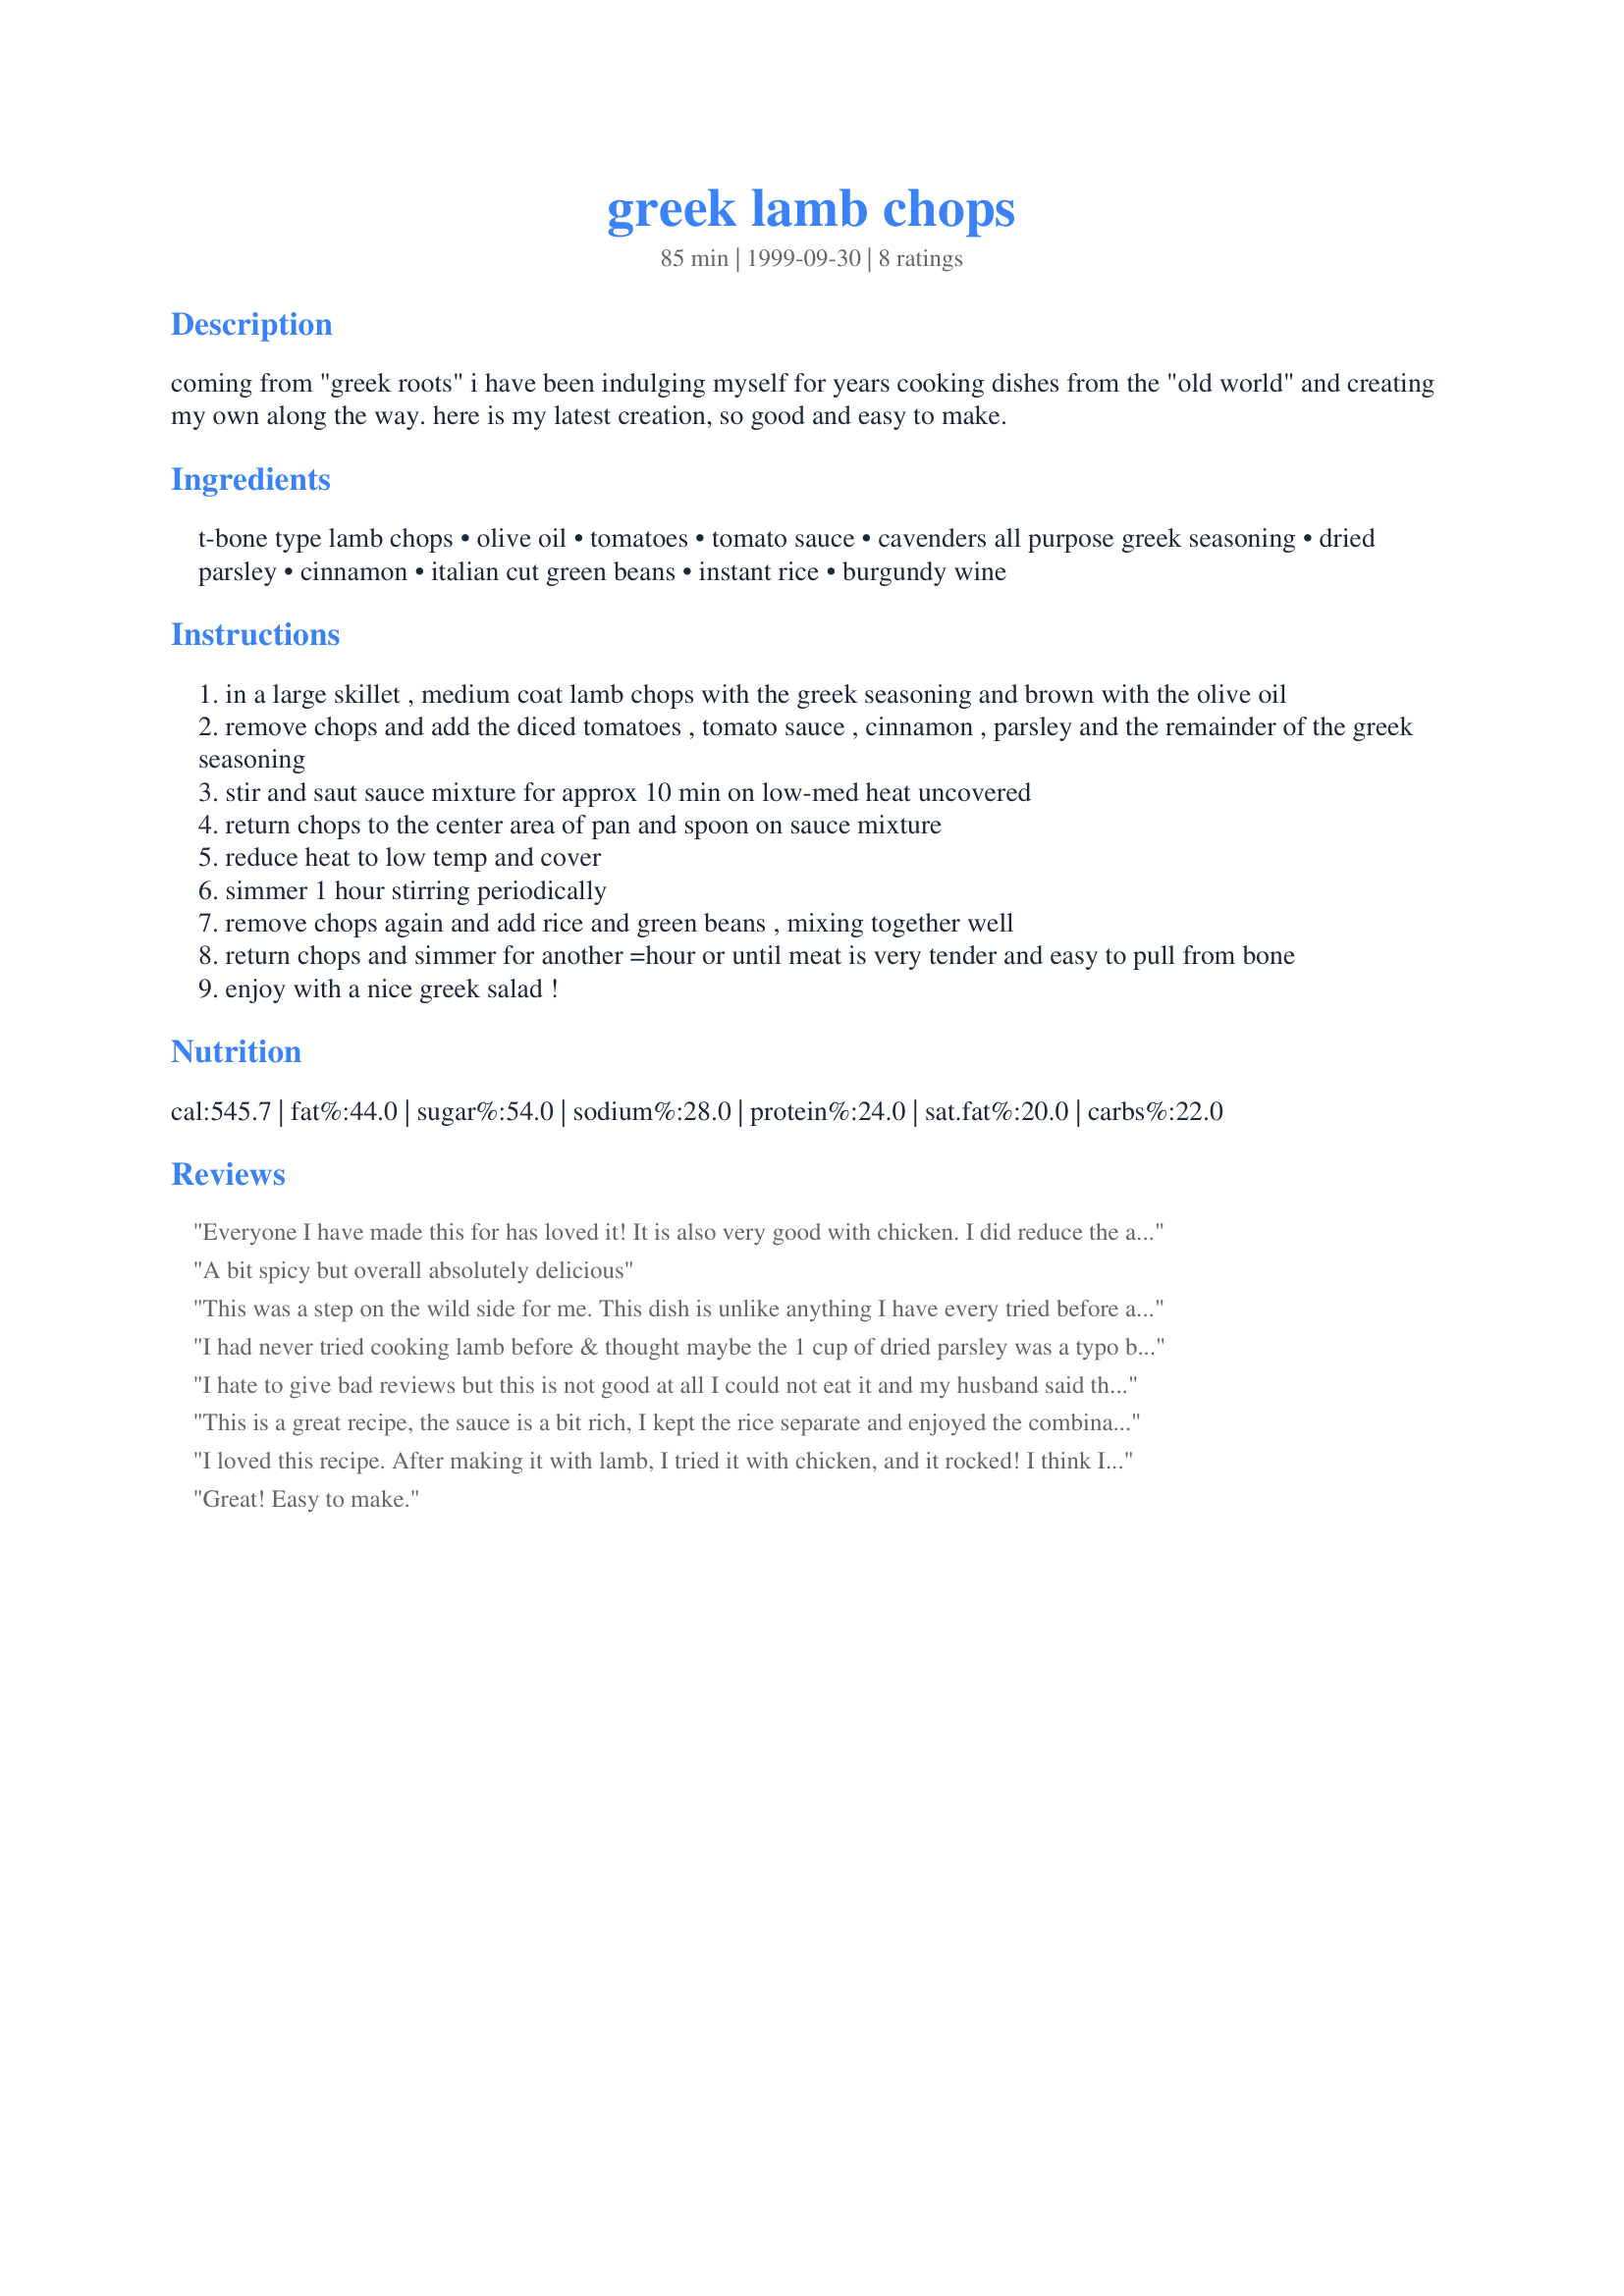
greek lamb chops
Preparation time: 85 minutes

coming from "greek roots" i have been indulging myself for years cooking dishes from the "old world" and creating my own along the way. here is my latest creation, so good and easy to make.

Ingredients:
t-bone type lamb chops, olive oil, tomatoes, tomato sauce, cavenders all purpose greek seasoning, dried parsley, cinnamon, italian cut green beans, instant rice, burgundy wine

Steps:
in a large skillet , medium coat lamb chops with the greek seasoning and brown with the olive oil
remove chops and add the diced tomatoes , tomato sauce , cinnamon , parsley and the remainder of the greek seasoning
stir and saut sauce mixture for approx 10 min on low-med heat uncovered
return chops to the center area of pan and spoon on sauce mixture
reduce heat to low temp and cover
simmer 1 hour stirring periodically
remove chops again and add rice and green beans , mixing together well
return chops and simmer for another =hour or until meat is very tender and easy to pull from bone
enjoy with a nice greek salad !

Reviews:
Everyone I have made this for has loved it! It is also very good with chicken. I did reduce the amount of cinnamon- put just a teaspoon instead of a tablespoon.
A bit spicy but overall absolutely delicious
This was a step on the wild side for me. This dish is unlike anything I have every tried before and I have to say, I was extremely pleased. I love the Cavender's seasoning and the cinnamon in the sauce lended a truly interesting flavor to the whole dish. DH was really sceptical but he and I both really enjoyed this. Thanks ;)
I had never tried cooking lamb before & thought maybe the 1 cup of dried parsley was a typo but, I followed this recipe to the letter & was truely delighted with the out come. Thanks for the keeper:)
I hate to give bad reviews but this is not good at all I could not eat it and my husband said the sauce was just bad, sorry but this did not work for us and I following exactly
This is a great recipe, the sauce is a bit rich, I kept the rice separate and enjoyed the combination of tastes. Thanks for the recipe.
Chris
I loved this recipe. After making it with lamb, I tried it with chicken, and it rocked! I think I'll try pork chops and pork tenderloin also! Thanks for a wonderful dish!
Great! Easy to make.
